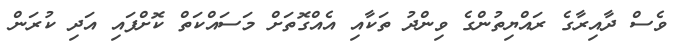
ވެސް ދާއިރާގެ ރައްޔިތުންގެ ވިންދު ތަކާއި އެއްގޮތަށް މަސައްކަތް ކޮށްފައި އަދި ކުރަން